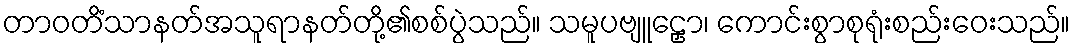
တာဝတိံသာနတ်အသူရာနတ်တို့၏စစ်ပွဲသည်။ သမူပဗျူဠှော၊ ကောင်းစွာစုရုံးစည်းဝေးသည်။